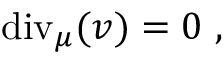
\mathrm { d i v } _ { \mu } ( v ) = 0 \ ,